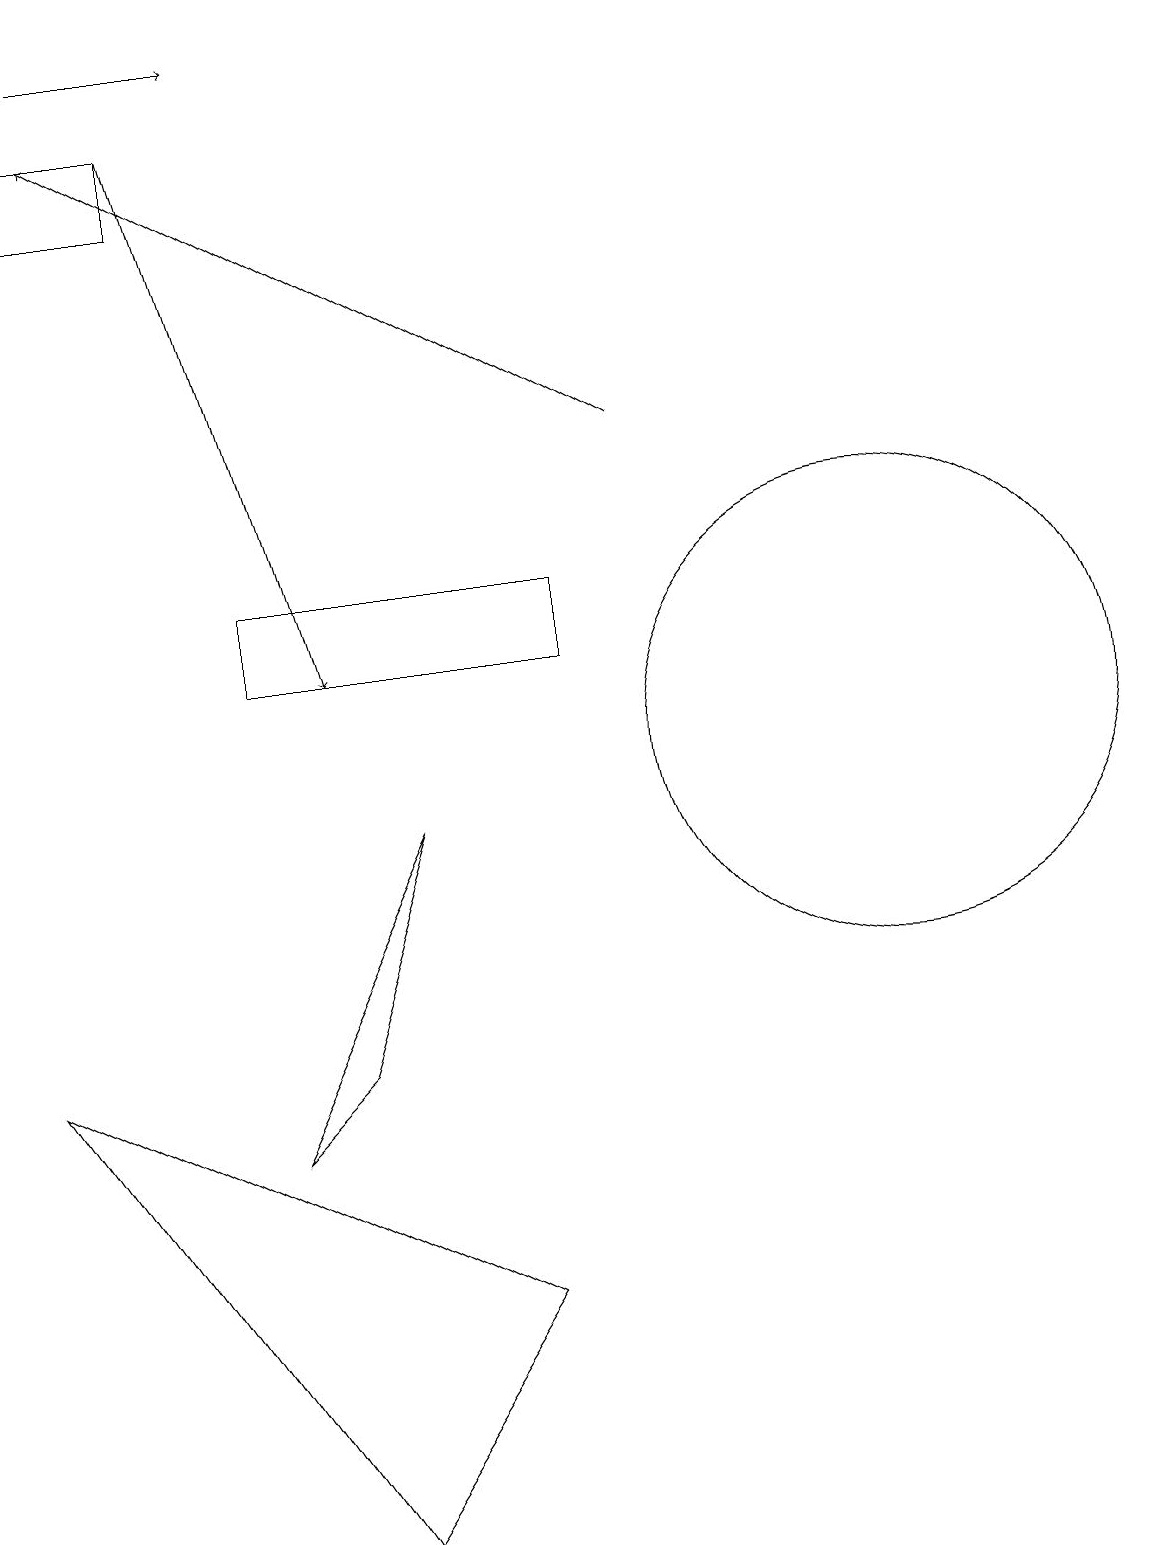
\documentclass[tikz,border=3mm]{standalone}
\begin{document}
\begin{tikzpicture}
\draw[->] (2,18) -- (4,11);
\draw[->] (8,14) -- (1,18);
\draw (0,17) rectangle (2,18);
\draw (6,3) -- (0,6) -- (4,0) -- cycle;
\draw[->] (1,19) -- (3,19);
\draw (11,10) circle (3);
\draw (3,5) -- (4,6) -- (5,9) -- cycle;
\draw (7,12) rectangle (3,11);
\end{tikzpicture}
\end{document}